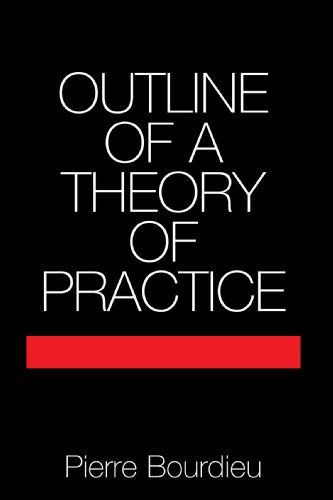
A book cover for Outline of a Theory of Practice (Cambridge Studies in Social and Cultural Anthropology); Pierre Bourdieu; Science & Math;